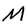
Character: M